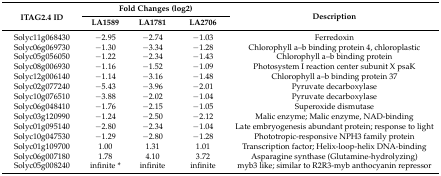
<table><thead><tr><td rowspan="2"><b>ITAG2.4 ID</b></td><td colspan="3"><b>Fold Changes (log2)</b></td><td rowspan="2"><b>Description</b></td></tr><tr><td><b>LA1589</b></td><td><b>LA1781</b></td><td><b>LA2706</b></td></tr></thead><tbody><tr><td>Solyc11g068430</td><td>−2.95</td><td>−2.74</td><td>−1.03</td><td>Ferredoxin</td></tr><tr><td>Solyc06g069730</td><td>−1.30</td><td>−3.34</td><td>−1.28</td><td>Chlorophyll a–b binding protein 4, chloroplastic</td></tr><tr><td>Solyc05g056050</td><td>−1.22</td><td>−2.34</td><td>−1.43</td><td>Chlorophyll a–b binding protein</td></tr><tr><td>Solyc08g006930</td><td>−1.16</td><td>−1.52</td><td>−1.09</td><td>Photosystem I reaction center subunit X psaK</td></tr><tr><td>Solyc12g006140</td><td>−1.14</td><td>−3.16</td><td>−1.48</td><td>Chlorophyll a–b binding protein 37</td></tr><tr><td>Solyc02g077240</td><td>−5.43</td><td>−3.96</td><td>−2.01</td><td>Pyruvate decarboxylase</td></tr><tr><td>Solyc10g076510</td><td>−3.88</td><td>−2.02</td><td>−1.04</td><td>Pyruvate decarboxylase</td></tr><tr><td>Solyc06g048410</td><td>−1.76</td><td>−2.15</td><td>−1.05</td><td>Superoxide dismutase</td></tr><tr><td>Solyc03g120990</td><td>−1.24</td><td>−2.50</td><td>−2.12</td><td>Malic enzyme; Malic enzyme, NAD-binding</td></tr><tr><td>Solyc01g095140</td><td>−2.80</td><td>−2.34</td><td>−1.04</td><td>Late embryogenesis abundant protein; response to light</td></tr><tr><td>Solyc10g047530</td><td>−1.29</td><td>−2.80</td><td>−1.28</td><td>Phototropic-responsive NPH3 family protein</td></tr><tr><td>Solyc01g109700</td><td>1.00</td><td>1.31</td><td>1.01</td><td>Transcription factor; Helix-loop-helix DNA-binding</td></tr><tr><td>Solyc06g007180</td><td>1.78</td><td>4.10</td><td>3.72</td><td>Asparagine synthase (Glutamine-hydrolyzing)</td></tr><tr><td>Solyc05g008240</td><td>infinite *</td><td>infinite</td><td>infinite</td><td>myb3 like; similar to R2R3-myb anthocyanin repressor</td></tr></tbody></table>